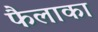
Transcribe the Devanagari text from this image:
फैलाका